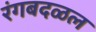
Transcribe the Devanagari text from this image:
रंगबदळल